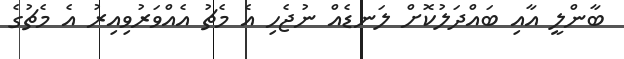
ބާންލީ އާއި ބައްދަލުކޮށް ލަނޑެއް ނުޖެހި އެ މެޗު އެއްވަރުވިއިރު އެ މެޗުގެ